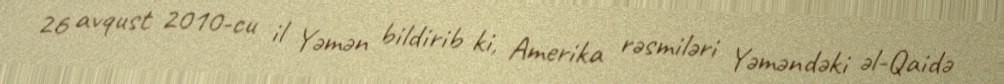
26 avqust 2010-cu il Yəmən bildirib ki, Amerika rəsmiləri Yəməndəki əl-Qaidə